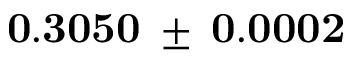
\mathbf { 0 . 3 0 5 0 \: \pm { \: 0 . 0 0 0 2 } }